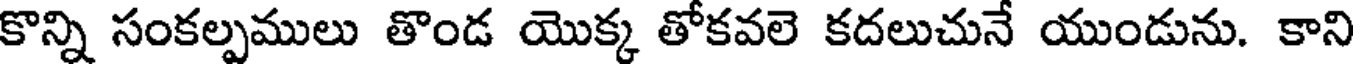
కొన్ని సంకల్పములు తొండ యొక్క తోకవలె కదలుచునే యుండును. కాని